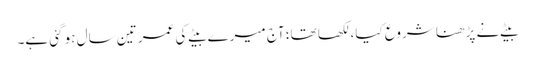
بیٹے نے پڑھنا شروع کیا، لکھا تھا؛ آج میرے بیٹے کی عمر تین سال ہو گئی ہے۔